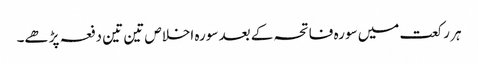
ہر رکعت میں سورہ فاتحہ کے بعد سورہ اخلاص تین تین دفعہ پڑھے۔